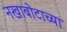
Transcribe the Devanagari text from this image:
नखाबोटाच्या